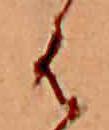
は